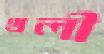
থলী